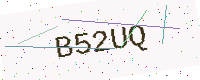
Text: B52UQ